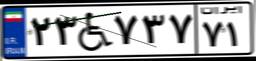
۲۳W۷۳۷۷۱